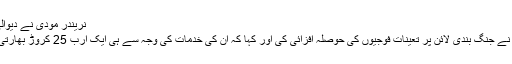
نریندر مودی نے دیوالی کنٹرول لائن پر فوجیوں کے ساتھ منائی
بھارتی ترجمان کا کہنا تھا کہ وزیر اعظم نے جنگ بندی لائن پر تعینات فوجیوں کی حوصلہ افزائی کی اور کہا کہ ان کی خدمات کی وجہ سے ہی ایک ارب 25 کروڑ بھارتی عوام اپنے تہوار اطمینان سے مناتے ہیں۔